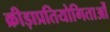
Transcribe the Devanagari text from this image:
क्रीड़ाप्रतियोगिताओं